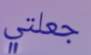
جعلتي